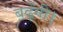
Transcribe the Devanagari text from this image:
बढ़ेंगी।